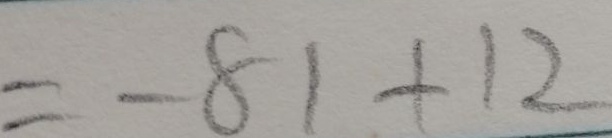
= - 8 1 + 1 2